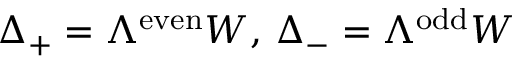
\Delta _ { + } = \Lambda ^ { \mathrm { e v e n } } W , \, \Delta _ { - } = \Lambda ^ { \mathrm { o d d } } W